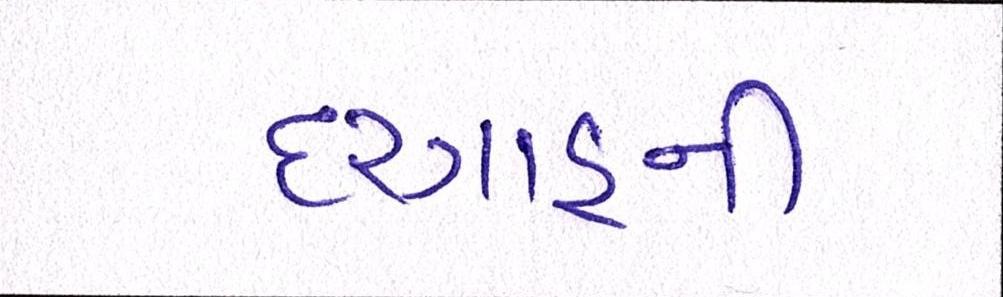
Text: દરગાહની